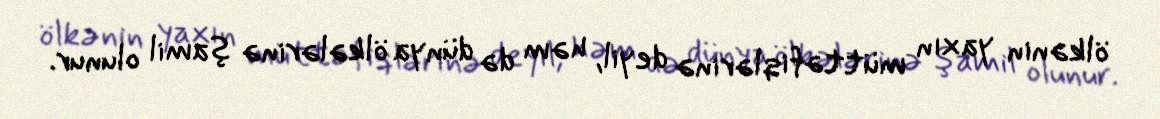
ölkənin yaxın müttəfiqlərinə deyil, həm də dünya ölkələrinə şamil olunur.